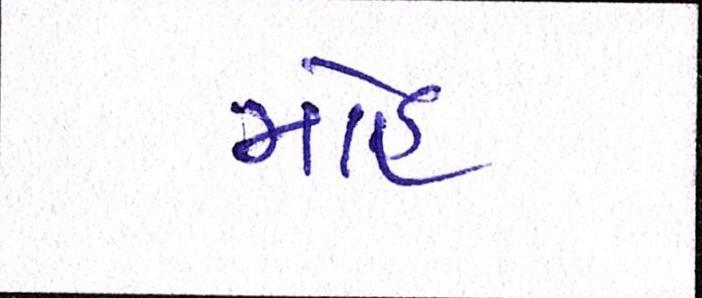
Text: મોહ